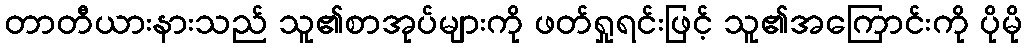
တာတီယားနားသည် သူ၏စာအုပ်များကို ဖတ်ရှုရင်းဖြင့် သူ၏အကြောင်းကို ပိုမို